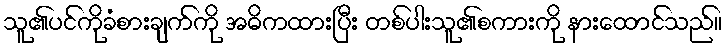
သူ၏ပင်ကိုခံစားချက်ကို အဓိကထားပြီး တစ်ပါးသူ၏စကားကို နားထောင်သည်။